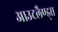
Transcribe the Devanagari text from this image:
आउटलैण्ड्स